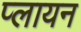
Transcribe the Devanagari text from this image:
प्लायन